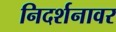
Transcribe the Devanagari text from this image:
निदर्शनावर